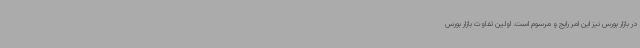
در بازار بورس نیز این امر رایج و مرسوم است. اولین تفاوت بازار بورس